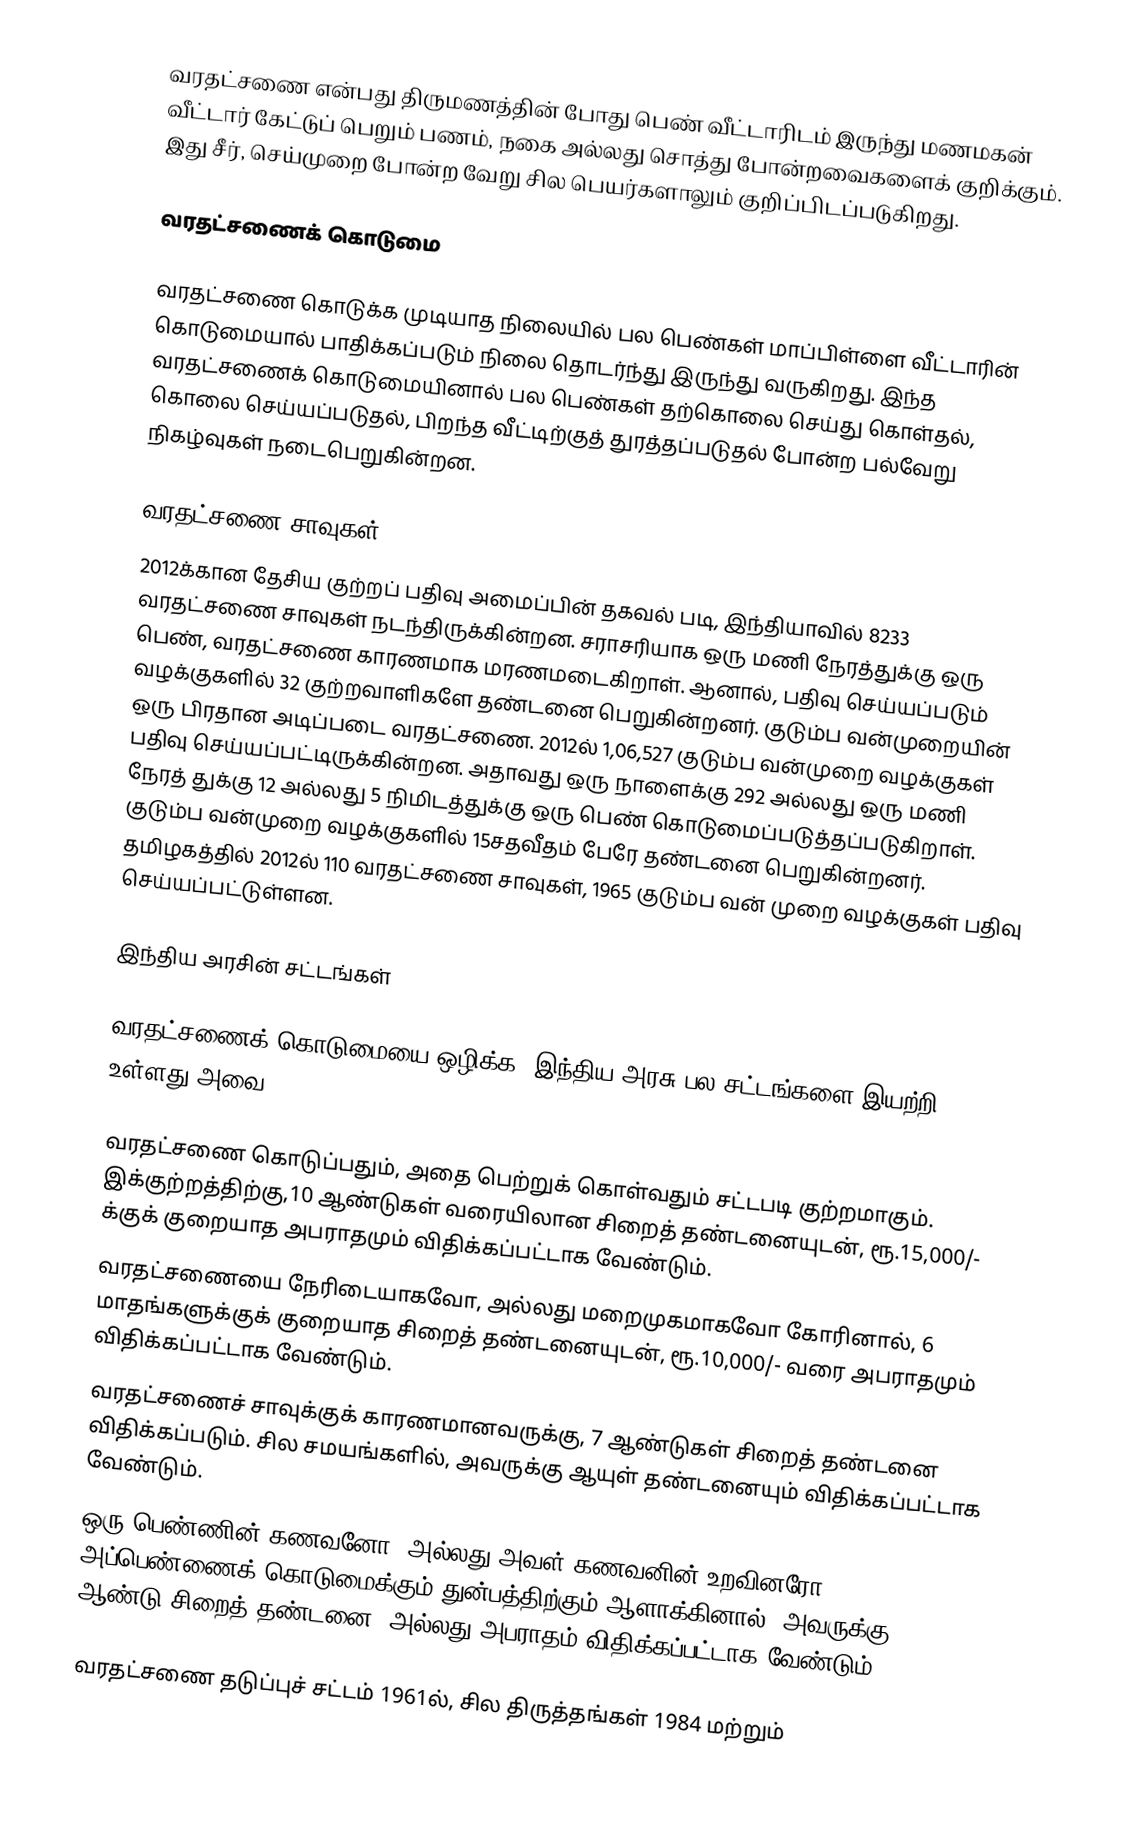
வரதட்சணை என்பது திருமணத்தின் போது பெண் வீட்டாரிடம் இருந்து மணமகன் வீட்டார் கேட்டுப் பெறும் பணம், நகை அல்லது சொத்து போன்றவைகளைக் குறிக்கும். இது சீர், செய்முறை போன்ற வேறு சில பெயர்களாலும் குறிப்பிடப்படுகிறது.

வரதட்சணைக் கொடுமை

வரதட்சணை கொடுக்க முடியாத நிலையில் பல பெண்கள் மாப்பிள்ளை வீட்டாரின் கொடுமையால் பாதிக்கப்படும் நிலை தொடர்ந்து இருந்து வருகிறது. இந்த வரதட்சணைக் கொடுமையினால் பல பெண்கள் தற்கொலை செய்து கொள்தல், கொலை செய்யப்படுதல், பிறந்த வீட்டிற்குத் துரத்தப்படுதல் போன்ற பல்வேறு நிகழ்வுகள் நடைபெறுகின்றன.

வரதட்சணை சாவுகள்
2012க்கான தேசிய குற்றப் பதிவு அமைப்பின் தகவல் படி, இந்தியாவில் 8233 வரதட்சணை சாவுகள் நடந்திருக்கின்றன. சராசரியாக ஒரு மணி நேரத்துக்கு ஒரு பெண், வரதட்சணை காரணமாக மரணமடைகிறாள். ஆனால், பதிவு செய்யப்படும் வழக்குகளில் 32 குற்றவாளிகளே தண்டனை பெறுகின்றனர். குடும்ப வன்முறையின் ஒரு பிரதான அடிப்படை வரதட்சணை. 2012ல் 1,06,527 குடும்ப வன்முறை வழக்குகள் பதிவு செய்யப்பட்டிருக்கின்றன. அதாவது ஒரு நாளைக்கு 292 அல்லது ஒரு மணி நேரத் துக்கு 12 அல்லது 5 நிமிடத்துக்கு ஒரு பெண் கொடுமைப்படுத்தப்படுகிறாள். குடும்ப வன்முறை வழக்குகளில் 15சதவீதம் பேரே தண்டனை பெறுகின்றனர். தமிழகத்தில் 2012ல் 110 வரதட்சணை சாவுகள், 1965 குடும்ப வன் முறை வழக்குகள் பதிவு செய்யப்பட்டுள்ளன.

இந்திய அரசின் சட்டங்கள்

வரதட்சணைக் கொடுமையை ஒழிக்க, இந்திய அரசு பல சட்டங்களை இயற்றி உள்ளது அவை:

வரதட்சணை கொடுப்பதும், அதை பெற்றுக் கொள்வதும் சட்டபடி குற்றமாகும். இக்குற்றத்திற்கு,10 ஆண்டுகள் வரையிலான சிறைத் தண்டனையுடன், ரூ.15,000/- க்குக் குறையாத அபராதமும் விதிக்கப்பட்டாக வேண்டும்.
வரதட்சணையை நேரிடையாகவோ, அல்லது மறைமுகமாகவோ கோரினால், 6 மாதங்களுக்குக் குறையாத சிறைத் தண்டனையுடன், ரூ.10,000/- வரை அபராதமும் விதிக்கப்பட்டாக வேண்டும்.
வரதட்சணைச் சாவுக்குக் காரணமானவருக்கு, 7 ஆண்டுகள் சிறைத் தண்டனை விதிக்கப்படும். சில சமயங்களில், அவருக்கு ஆயுள் தண்டனையும் விதிக்கப்பட்டாக வேண்டும்.
ஒரு பெண்ணின் கணவனோ, அல்லது அவள் கணவனின் உறவினரோ, அப்பெண்ணைக் கொடுமைக்கும் துன்பத்திற்கும் ஆளாக்கினால், அவருக்கு 3 ஆண்டு சிறைத் தண்டனை, அல்லது அபராதம் விதிக்கப்பட்டாக வேண்டும்.

வரதட்சணை தடுப்புச் சட்டம் 1961ல், சில திருத்தங்கள் 1984 மற்றும்